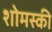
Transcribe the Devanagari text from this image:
शोमस्की